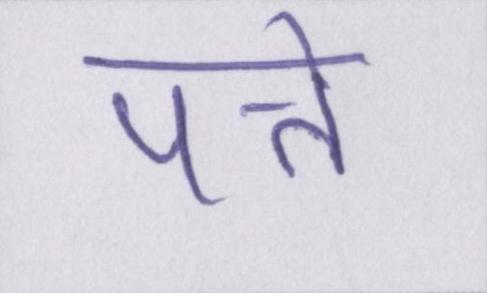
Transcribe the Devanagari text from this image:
पत्ते